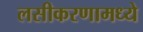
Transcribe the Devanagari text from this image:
लसीकरणामध्ये